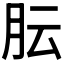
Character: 𬁴